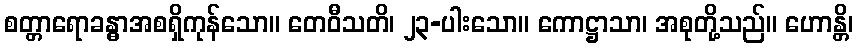
စတ္တာရောခန္ဓာအစရှိကုန်သော။ တေဝီသတိ၊ ၂၃-ပါးသော။ ကောဋ္ဌာသာ၊ အစုတို့သည်။ ဟောန္တိ၊